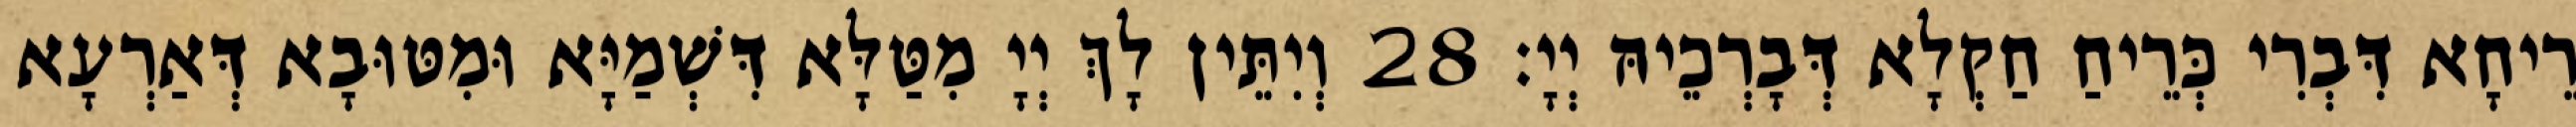
רֵיחָא דִּבְרִי כְּרֵיחַ חַקְלָא דְּבָרְכֵיהּ יְיָ׃ 28 וְיִתֵּין לָךְ יְיָ מִטַּלָּא דִּשְׁמַיָּא וּמִטּוּבָא דְּאַרְעָא